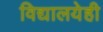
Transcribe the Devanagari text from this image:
विद्यालयेही